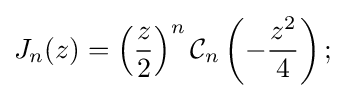
J_{n}(z)=\left({\frac {z}{2}}\right)^{n}{\mathcal {C}}_{n}\left(-{\frac {z^{2}}{4}}\right);